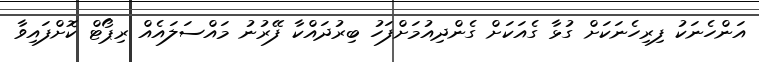
އަންހެނަކު ފިރިހެނަކަށް ގުޅާ ގެއަކަށް ގެންދިއުމަށްފަހު ބިރުދައްކާ ފޭރުނު މައްސަލައެއް ރިޕޯޓް ކޮށްފައިވާ